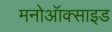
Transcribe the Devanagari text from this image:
मनोऑक्‍साइड